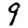
Digit: 9